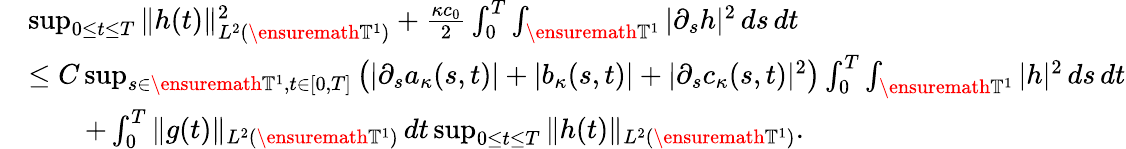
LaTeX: \begin{array}{rl}&{\operatorname*{sup}_{0\leq t\leq T}\| h(t)\| _{L^{2}(\ensuremath{\mathbb{T}}^{1})}^{2}+\frac{\kappa c_{0}}{2}\int_{0}^{T}\int_{\ensuremath{\mathbb{T}}^{1}}|\partial_{s}h|^{2}\, ds\, dt}\\ &{\leq C\operatorname*{sup}_{s\in\ensuremath{\mathbb{T}}^{1},t\in[0,T]}\left(|\partial_{s}a_{\kappa}(s,t)|+|b_{\kappa}(s,t)|+|\partial_{s}c_{\kappa}(s,t)|^{2}\right)\int_{0}^{T}\int_{\ensuremath{\mathbb{T}}^{1}}|h|^{2}\, ds\, dt}\\ &{\qquad+\int_{0}^{T}\| g(t)\| _{L^{2}(\ensuremath{\mathbb{T}}^{1})}\, dt\operatorname*{sup}_{0\leq t\leq T}\| h(t)\| _{L^{2}(\ensuremath{\mathbb{T}}^{1})}.}\end{array}